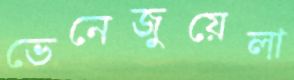
ভেনেজুয়েলা